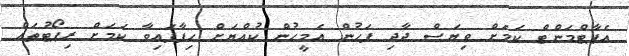
އެޕާޓްމަންޓް ކަމަށް ވިޔަސް ދާދި ފަހުން އެމީހުން ކުއްޔަށް ހިފާފައިވާ ކަމަށް ރިޕޯޓުތައް